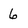
Character: 6